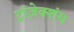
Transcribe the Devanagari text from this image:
ट्रांज़ेक्शंस